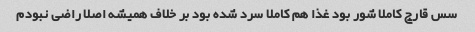
سس قارچ کاملا شور بود غذا هم کاملا سرد شده بود بر خلاف همیشه اصلا راضی نبودم